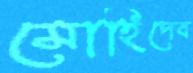
মোহিদেব